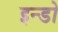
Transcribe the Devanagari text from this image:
इन्डो